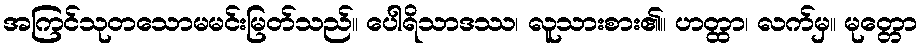
အကြင်သုတသောမမင်းမြတ်သည်။ ပေါရိသာဒဿ၊ လူသားစား၏။ ဟတ္ထာ၊ လက်မှ။ မုတ္တော